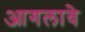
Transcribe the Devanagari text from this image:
आगलावे